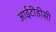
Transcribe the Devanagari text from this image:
आईटीडीसी